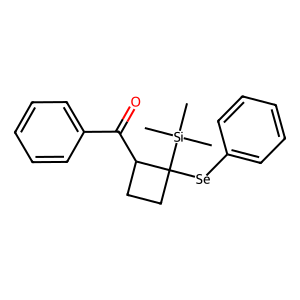
SMILES: C[Si](C)(C)C1([Se]c2ccccc2)CCC1C(=O)c1ccccc1
Inhibits HIV replication: No